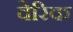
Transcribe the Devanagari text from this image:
वेरिक